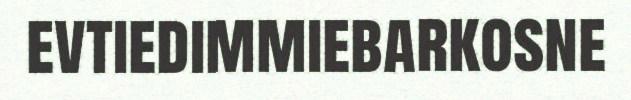
evtiedimmiebarkosne